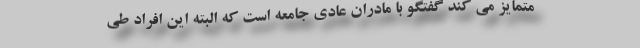
متمایز می کند گفتگو با مادران عادی جامعه است که البته این افراد طی